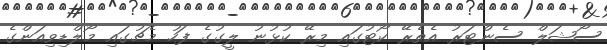
ސޯޝަލް ސެންޓަރު އެތެރޭ ކޯޓުގައި މިރޭ ކުޅުނު ލީގުގެ ފަހު މެޗުގައި މޯލްޑިވިއަންގެ